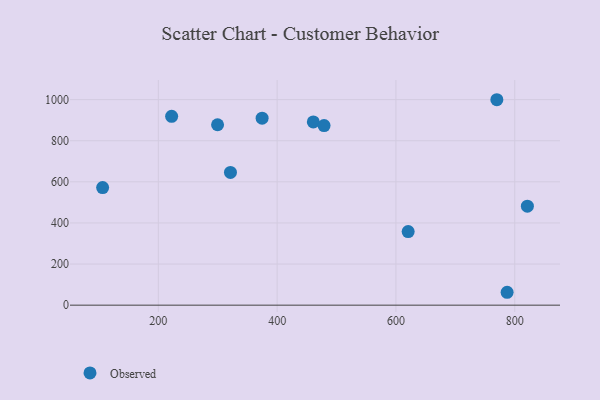
{"axis": {"x": "Study Hours", "y": "Yield"}, "legend": ["Observed"], "data": [{"x": "299.7", "y": 877.7, "type": "Observed"}, {"x": "222.4", "y": 918.8, "type": "Observed"}, {"x": "321.4", "y": 645.7, "type": "Observed"}, {"x": "787.2", "y": 62.7, "type": "Observed"}, {"x": "460.9", "y": 891.6, "type": "Observed"}, {"x": "620.6", "y": 357.9, "type": "Observed"}, {"x": "374.7", "y": 909.5, "type": "Observed"}, {"x": "479.0", "y": 873.7, "type": "Observed"}, {"x": "769.9", "y": 999.5, "type": "Observed"}, {"x": "106.2", "y": 572.1, "type": "Observed"}, {"x": "821.3", "y": 481.4, "type": "Observed"}]}